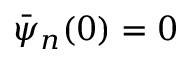
\bar { \psi } _ { n } ( 0 ) = 0